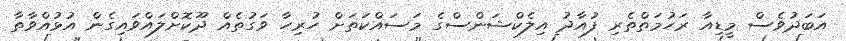
އަބަދުވެސް މީޑިއާ ރަހުމަތްތެރި ފުއާދު އިލެކްޝަންސްގެ މަސައްކަތަށް ހުރިހާ ވަގުތެއް ދޫކޮށްލައްވައިގެން އުޅުއްވާތާ